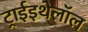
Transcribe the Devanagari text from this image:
ट्राईइथेलॉल